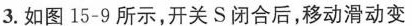
3.如图15-9所示，开关S闭合后，移动滑动变